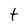
Character: t